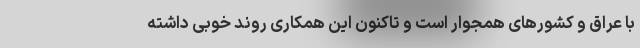
با عراق و کشور‌های همجوار است و تاکنون این همکاری روند خوبی داشته